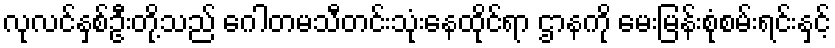
လုလင်နှစ်ဦးတို့သည် ဂေါတမသီတင်းသုံးနေထိုင်ရာ ဌာနကို မေးမြန်းစုံစမ်းရင်းနှင့်